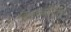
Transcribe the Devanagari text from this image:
स्वातन्त्र्यवीरशतकम्